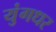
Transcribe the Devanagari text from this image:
युंगधर